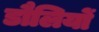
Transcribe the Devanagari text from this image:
डौलियों